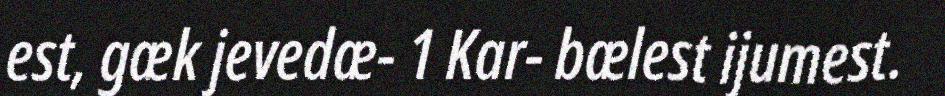
est, gæk jevedæ- 1 Kar- bælest ijumest.